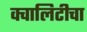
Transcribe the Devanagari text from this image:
क्वालिटीचा